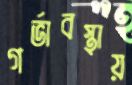
গর্ভাবস্থায়